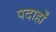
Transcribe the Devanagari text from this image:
पदार्हों